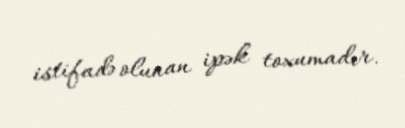
istifadə olunan ipək toxumadır.